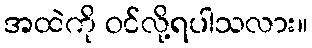
အထဲကို ဝင်လို့ရပါသလား။